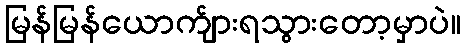
မြန်မြန်ယောက်ျားရသွားတော့မှာပဲ။